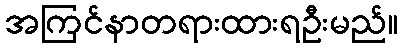
အကြင်နာတရားထားရဦးမည်။